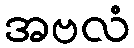
အဗလံ